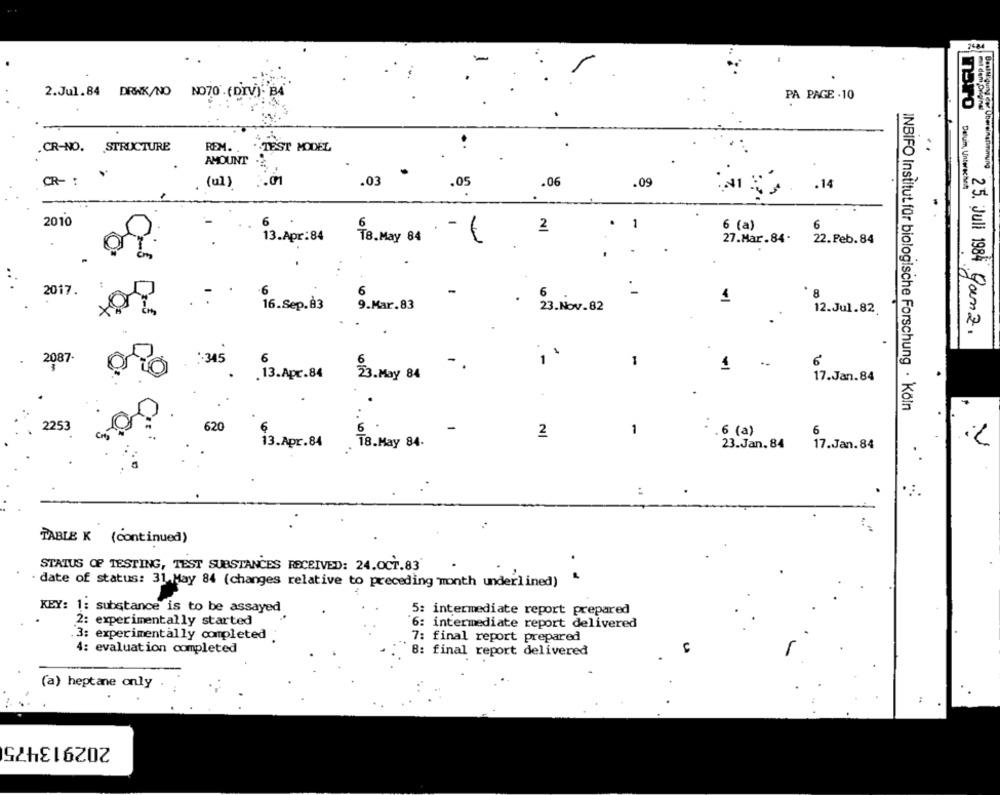
2484
.
2.Jul.84 DRANK/NO NO70.(DIV). B4
PA PAGE . 10
maro
mit dem Original
.CR-NO. STRUCTURE
REM.
. TEST MODEL
AMOUNT
Beall guess cer Übereinstimmung
CR- :
(ul)
.03
.05
.06
.09
Deum, Unterschet
NI
.14
2010
1
2
6 (a)
6
13.Apr: 84
TB. May 84
27.Mar.84.
22. Feb.84
2017.
6
. I
8
1
16.Sep. à3
23.Nov.82
12.Jul.82.
25. Juli 1984 9amz.
-
2087.
:345
1
6
-.
. 13. Apr.84 23 . May 84
17.Jan.84
INBIFO Institut für biologische Forschung · Köln
620
1
253
2
6 (a)
6
13.Apr.84
T8.May 84.
23.Jan. 84
17.Jan.84
TABLE K (continued)
STATUS OF TESTING, TEST SUBSTANCES RECEIVED: 24.OCT.83
date of status: 31.May 84 (changes relative to preceding month underlined)
KEY: 1: substance is to be assayed
5: intermediate report prepared
2: experimentally started
6: intermediate report delivered
3: experimentally completed
7: final report prepared
4: evaluation completed
8: final report delivered
(a) heptane only
202913475